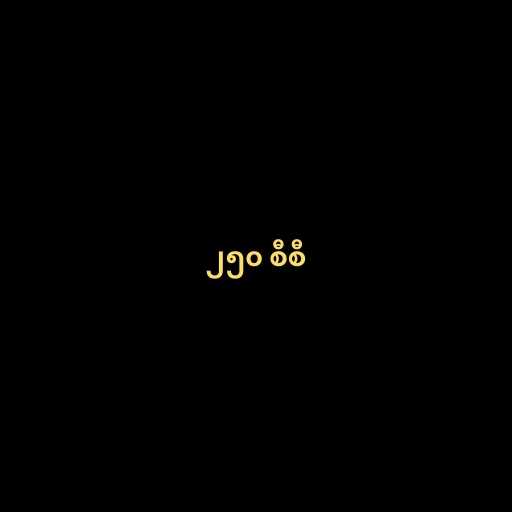
၂၅၀ စီစီ